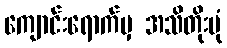
ကျောင်းရောက်မှ အသိတိုးပုံ